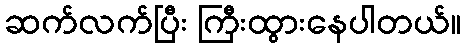
ဆက်လက်ပြီး ကြီးထွားနေပါတယ်။